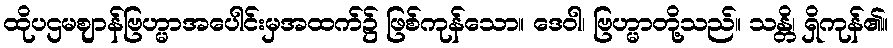
ထိုပဌမဈာန်ဗြဟ္မာအပေါင်းမှအထက်၌ ဖြစ်ကုန်သော။ ဒေဝါ၊ ဗြဟ္မာတို့သည်။ သန္တိ၊ ရှိကုန်၏။